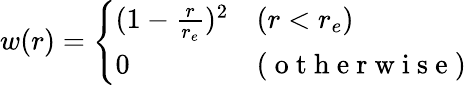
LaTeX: \begin{array}{r}{w(r)=\left\{ \begin{array}{ll}{(1-\frac{r}{r_{e}})^{2}}&{(r<r_{e})}\\ {0}&{(\mathrm{~o~t~h~e~r~w~i~s~e~})}\end{array}\right.}\end{array}